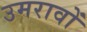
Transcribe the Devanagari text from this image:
उमरावों